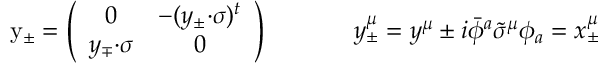
\begin{array} { c c } { { \mathrm { y } _ { \pm } = \left( \begin{array} { c c } { { 0 } } & { { - ( y _ { \pm } { \cdot \sigma } ) ^ { t } } } \\ { { y _ { \mp } { \cdot \sigma } } } & { { 0 } } \end{array} \right) ~ ~ ~ ~ } } & { { ~ ~ ~ ~ y _ { \pm } ^ { \mu } = y ^ { \mu } \pm i \bar { \phi } { } ^ { a } \tilde { \sigma } ^ { \mu } \phi _ { a } = x _ { \pm } ^ { \mu } } } \end{array}